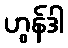
ဟွန်ဒါ